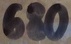
Text: 680